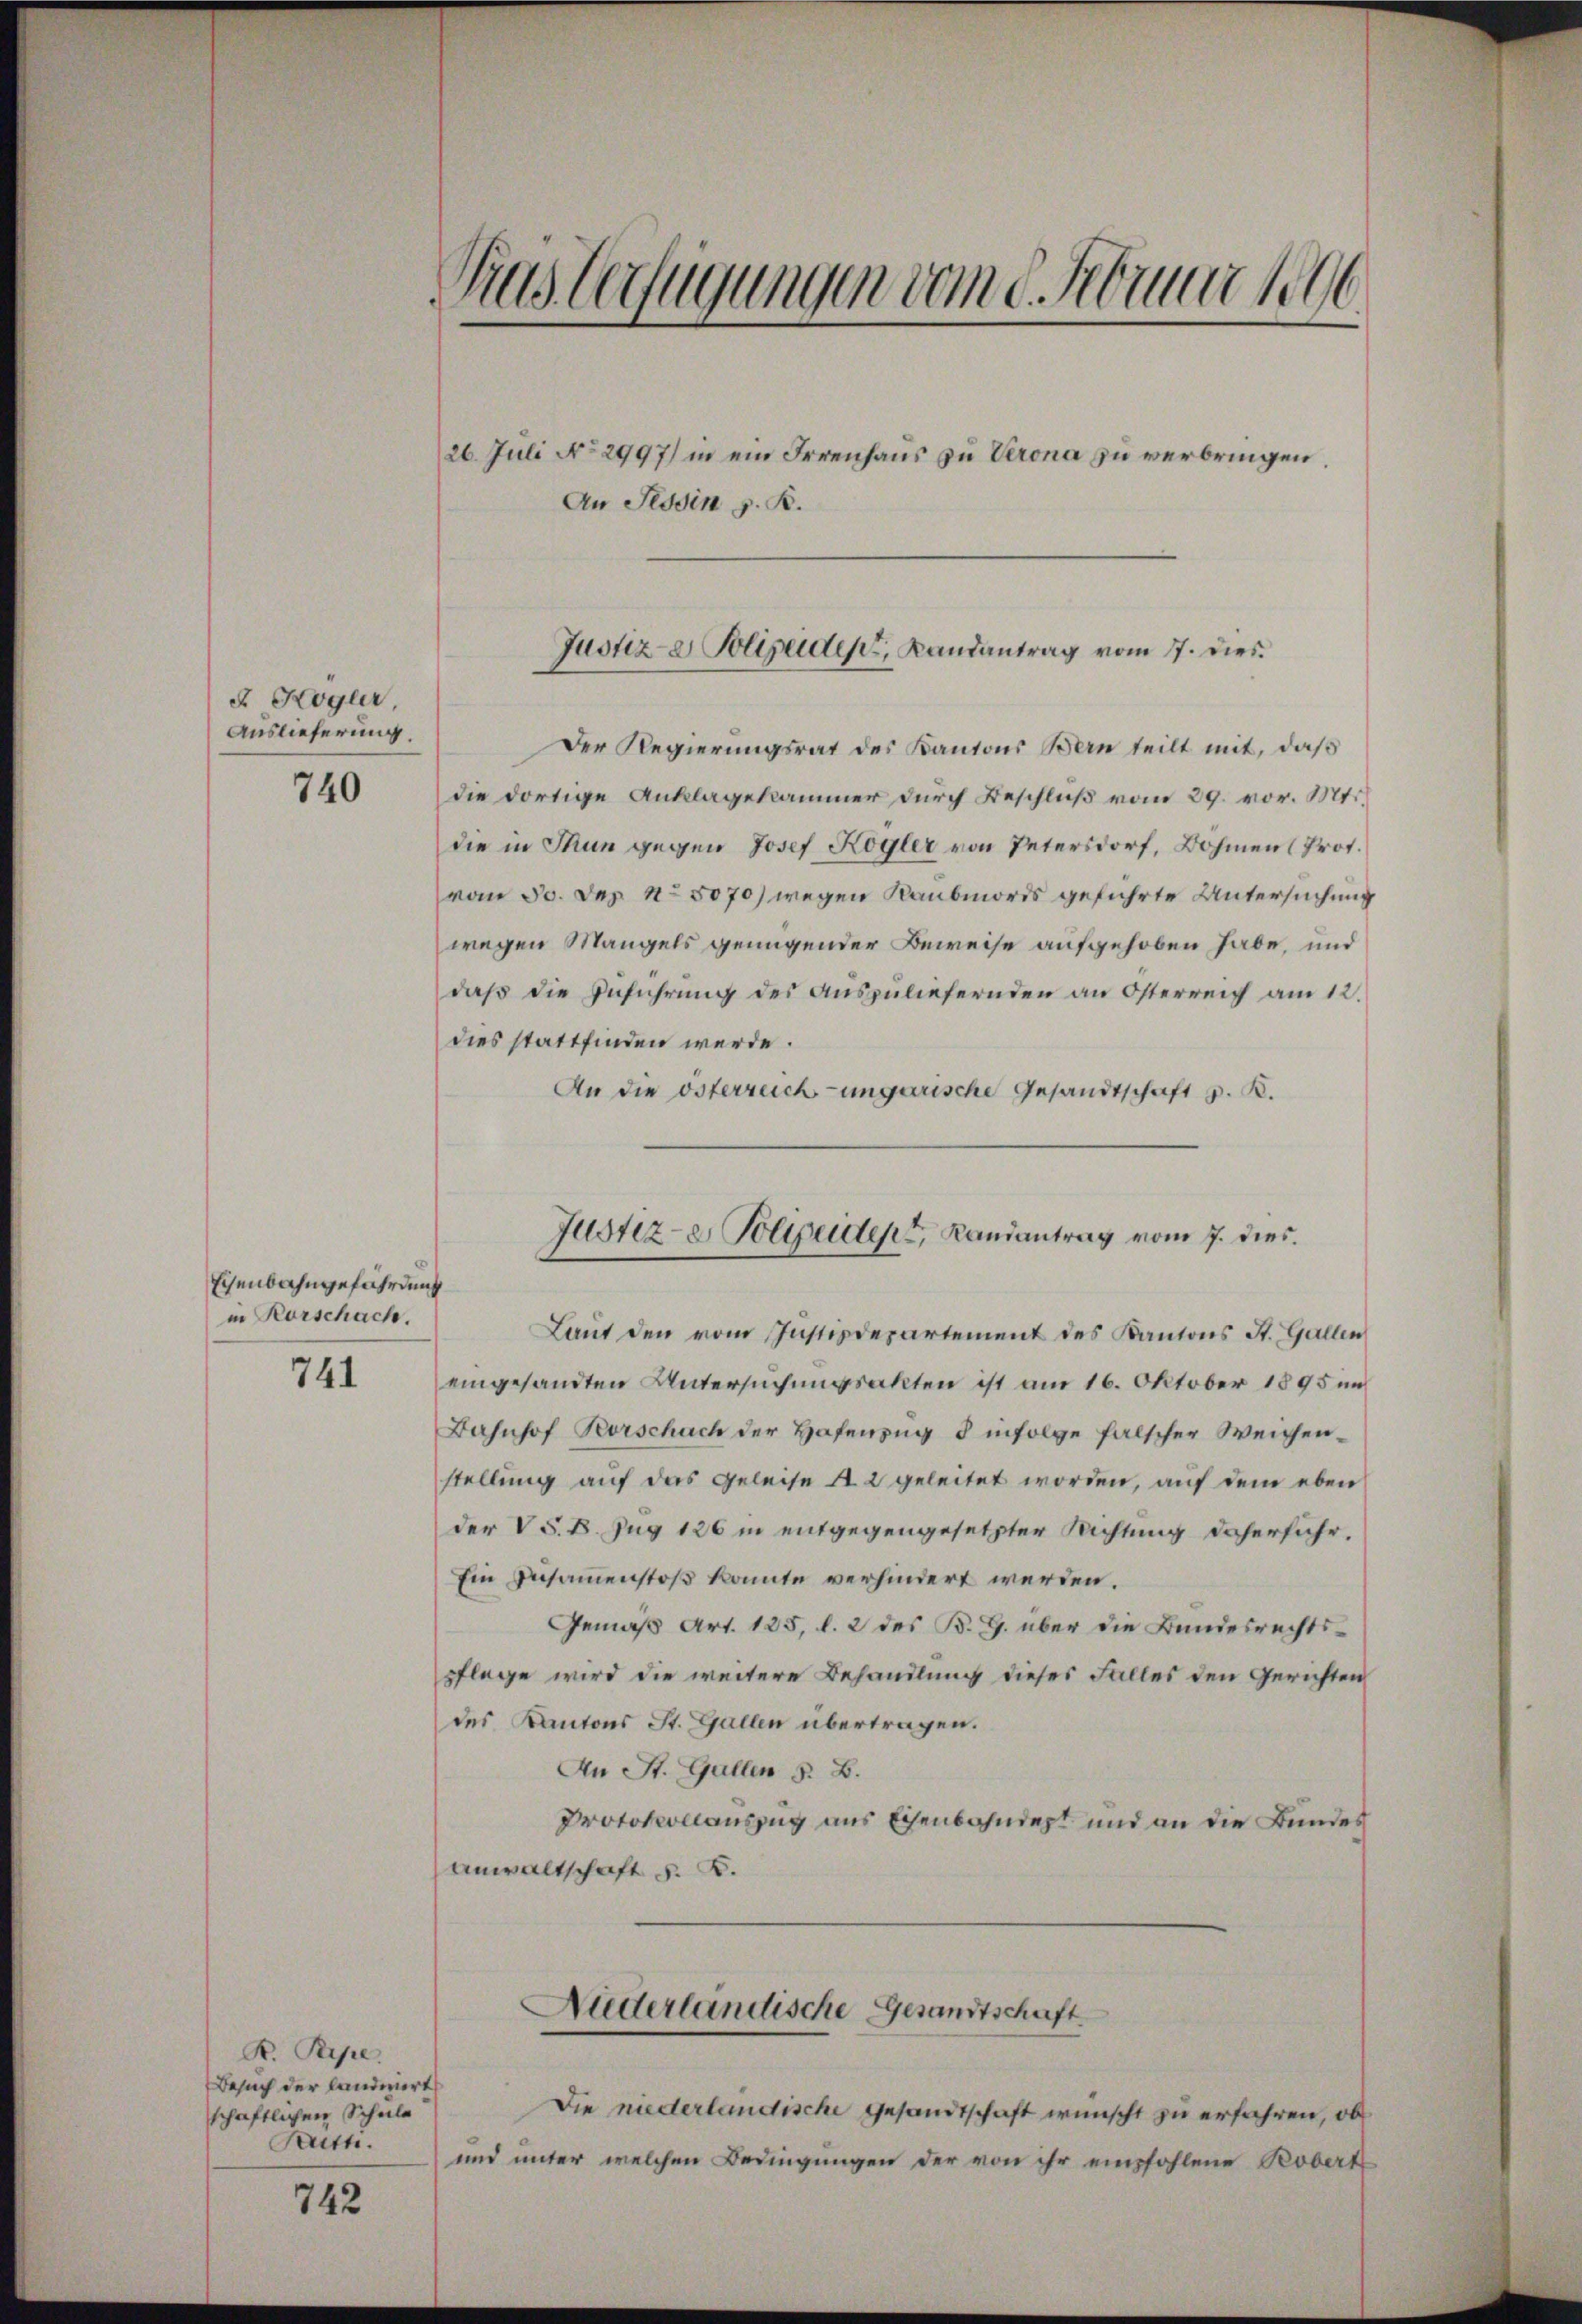
Kogler,
Auslieferung.

740

Eisenbahngefährdung
in Rorschach.

741

K. Pipe
Besuch der landeriert
schaftlichen Schule
Kitti.

742

Das Verfügungen vom 8. Februar 1896

26. Juli No 2997) in ein Irrenhaus zu Verona zu verbringen.
An Tessin z. B.

Justiz- & Polizeider, Landantrag vom 17. dies

Der Regierungsrat des Kantons Bern teilt mit, daß
die dortige Anklagekammer durch Beschluß vom 29. vor. Mts.
die in Thun gegen Josef Kögler von Petersdorf, Bahnen (Prot.
vom 30. Dez. 15070) wegen Raubmords geführte Untersuchung
wegen Mangels genügender Beweise aufgehoben habe, und
daß die Zuführung des auszuliefernden an Österreich am 12.
dies stattfinden werde.
An die österreich-ungarische Gesandtschaft z. K.
Laut den vom Instizdepartement des Kantons St. Gallen
eingesandten Untersuchungsakten ist am 16. Oktober 1895 un
Bahnhof Rorschach der Hafenzug § infolge falscher Weichenstellung auf das Geleise A. 2 geleitet worden, auf dem eben
der V S. 8. Jug 126 in entgegengesetzter Richtung daherfuhr.
Ein Zusammenstoß konnte verhindert werden.
Gemäß Art. 125, l. 2 des B. G. über die Bundesrechtspflege wird die weitere Behandlung dieses Falles den Gerichten
des Kantons St. Gallen übertragen.
An St. Gallen §. B.
Protokolauszug aus Eisenbahndert und an die Bundes
Anwaltschaft d. B.
Niderlandische Gesandtschaft
Die niederländische Gesandtschaft wünscht zu erfahren, ob
und unter welchen Bedingungen der von ihr empfohlene Kobert

Justiz- & Polizeident, Randantrag vom 7. dies